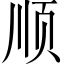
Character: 顺